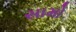
સામો